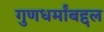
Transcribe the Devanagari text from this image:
गुणधर्मांबद्दल